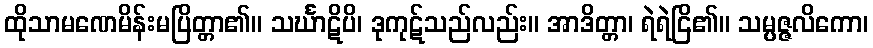
ထိုသာမဏေမိန်းမပြိတ္တာ၏။ သင်္ဃာဋိပိ၊ ဒုကုဋ်သည်လည်း။ အာဒိတ္တာ၊ ရဲရဲငြိ၏။ သမ္ပဇ္ဇလိကော၊